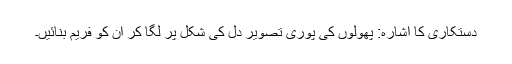
دستکاری کا اشارہ: پھولوں کی پوری تصویر دل کی شکل پر لگا کر ان کو فریم بنائیں۔